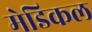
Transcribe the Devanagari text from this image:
मेडिकल